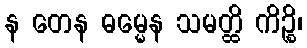
န တေန ဓမ္မေန သမတ္ထိ ကိဉ္စိ၊